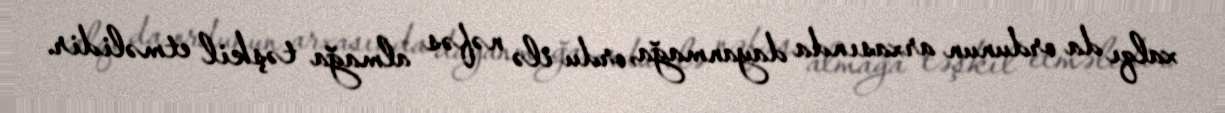
xalqı da ordunun arxasında dayanmağa, ordu ilə nəfəs almağa təşkil etməlidir.